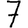
Digit: 7